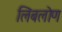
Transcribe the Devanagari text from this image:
लिंबलोण